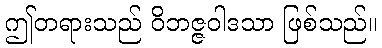
ဤတရားသည် ဝိဘဇ္ဇဝါဒသာ ဖြစ်သည်။